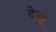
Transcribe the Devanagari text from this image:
देखूँ